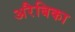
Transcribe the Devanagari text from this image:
अरैबिका